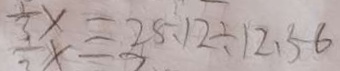
\frac { 1 } { 3 } x = 2 5 . 1 2 \div 1 2 . 5 6